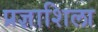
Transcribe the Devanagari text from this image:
प्रज्ञाशिला